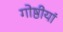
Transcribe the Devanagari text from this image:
गोष्ठीयां